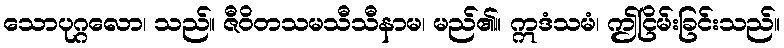
သောပုဂ္ဂလော၊ သည်။ ဇီဝိတသမသီသီနာမ၊ မည်၏။ ဣဒံသမံ၊ ဤငြိမ်းခြင်းသည်။